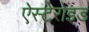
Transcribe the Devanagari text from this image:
ऐस्टेरोइड